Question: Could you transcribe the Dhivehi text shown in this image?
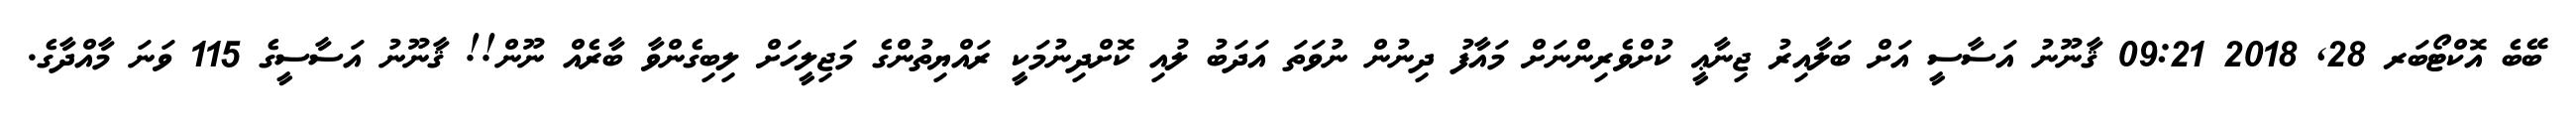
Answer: ބޭބެ އޮކްޓޯބަރ 28, 2018 09:21 ޤާނޫނު އަސާސީ އަށް ބަލާއިރު ޖިނާޢީ ކުށްވެރިންނަށް މައާފު ދިނުން ނުވަތަ އަދަބު ލުއި ކޮށްދިނުމަކީ ރައްޔިތުންގެ މަޖިލީހަށް ލިބިގެންވާ ބާރެއް ނޫން!! ޤާނޫނު އަސާސީގެ 115 ވަނަ މާއްދާގެ.